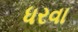
ધરવા